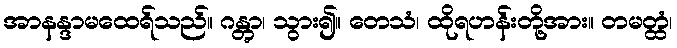
အာနန္ဒာမထေရ်သည်။ ဂန္တွာ၊ သွား၍။ တေသံ၊ ထိုရဟန်းတို့အား။ တမတ္ထံ၊